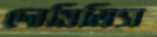
দোমিত্রিস